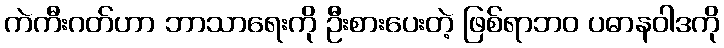
ကဲကီးဂတ်ဟာ ဘာသာရေးကို ဦးစားပေးတဲ့ ဖြစ်ရာဘဝ ပဓာနဝါဒကို